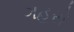
ગહરો